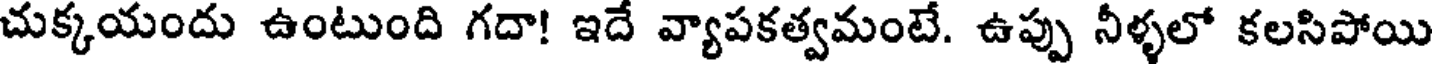
చుక్కయందు ఉంటుంది గదా! ఇదే వ్యాపకత్వమంటే. ఉప్పు నీళ్ళలో కలసిపోయి